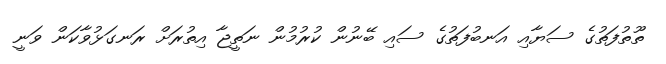
ތޫތުފަތުގެ ސަޔާއި އަނބުފަތުގެ ސައި ބޭނުން ކުރުމުން ނަތީޖާ އިތުރަށް ރަނގަޅުވާކަން ވަނީ